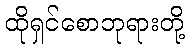
ထိုရှင်စောဘုရားတို့